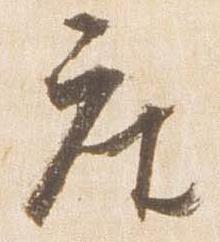
座